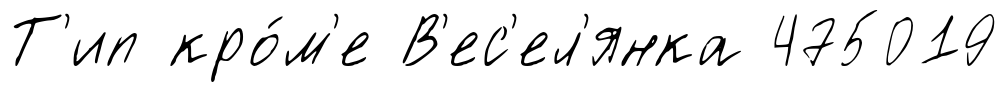
Т'ип кро́м'е В'ес'ел'янка 475019